Lunatic asylums Bombay report 1878-1890 - 1878-1890
Year: 1878
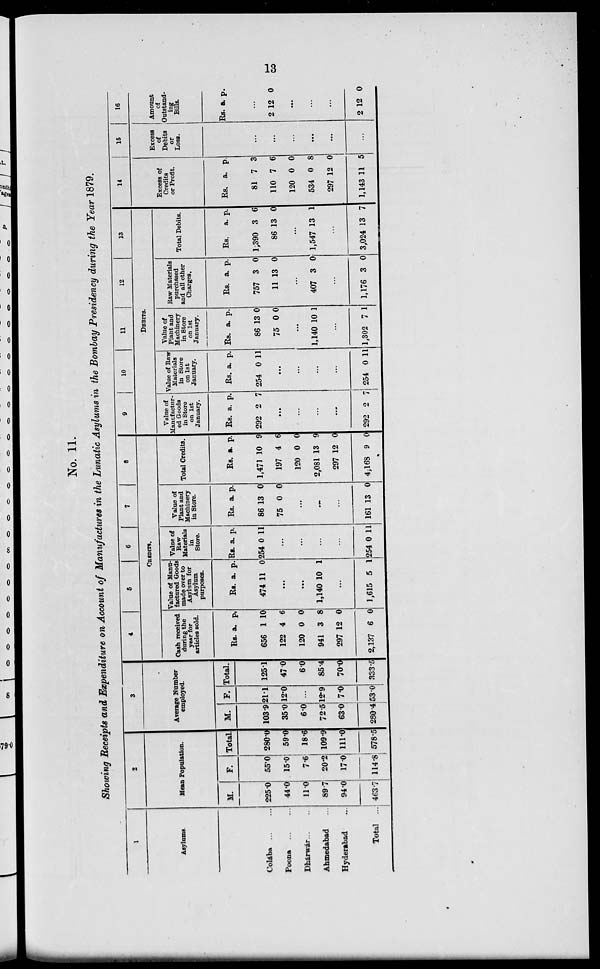
13
No. 11.
Showing Receipts and Expenditure on Account of Manufactures in the Lunatic Asylums in the Bombay Presidency during the Year 1879.
1
Asylums.
Colába
Poona
Dhárwár
Ahmedabad
Hyderabad
Total ...
2
Mean Population.
M.
225.0
44.0
11.0
89.7
94.0
463.7
F.
55.0
15.0
7.6
20.2
17.0
114.8
Total.
280.0
59.0
18.6
109.9
111.0
578.5
3
Average Number
employed.
M.
103.9
35.0
6.0
72.5
63.0
280.4
F.
21.1
12.0
...
12.9
7.0
53.0
Total.
125.1
47.0
6.0
85.4
70.0
333.5
4
5
6
7
8
CREDITS.
Cash received
during the
year for
articles sold.
Rs.
656
122
120
941
297
2,137
a.
1
4
0
3
12
6
p.
10
6
0
8
0
0
Value of Manu-
factured Goods
made over to
Asylum for
Asylum
purposes.
Rs.
474
a.
11
p.
0
...
...
1,140 10 1
...
1,615 5 1
Value of
Raw
Materials
in
Store.
Rs.
254
a.
0
p.
11
...
...
...
...
254 0 11
Value of
Plant and
Machinery
in Store.
Rs.
86
75
a.
13
0
p.
0
0
...
...
...
161 13 0
Total Credits.
Rs.
1,471
197
120
2,081
297
4,168
a.
10
4
0
13
12
9
p.
9
6
0
9
0
0
9
10
11
12
13
DEBITS.
Value of
Manafactur-
ed Goods
in Store
on 1st
January.
Rs.
292
a.
2
p.
7
...
...
...
...
292 2 7
Value of Raw
Materials
in Store
on 1st
January.
Rs.
254
a.
0
p.
11
...
...
...
...
254 0 11
Value of
Plant and
Machinery
in Store
on 1st
January.
Rs.
86
75
a.
13
0
p.
0
0
...
1,140 10 1
...
1,302 7 1
Raw Materials
purchased
and all other
Charges.
Rs.
757
11
a.
3
13
p.
0
0
...
407 3 0
...
1,176 3 0
Total Debits.
Rs.
1,390
86
a.
3
13
p.
6
0
...
1,547 13 1
...
3,024 13 7
14
Excess of
Credits
or Profit.
Rs.
81
110
120
534
297
1,143
a.
7
7
0
0
12
11
p.
3
6
0
8
0
5
15
Excess
of
Debits
or
Loss.
...
...
...
...
...
...
16
Amount
of
Outstand-
ing
Bills.
Rs. a. p.
...
2 12 0
...
...
...
2 12 0